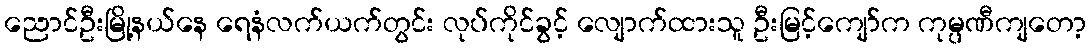
ညောင်ဦးမြို့နယ်နေ ရေနံလက်ယက်တွင်း လုပ်ကိုင်ခွင့် လျောက်ထားသူ ဦးမြင့်ကျော်က ကုမ္ပဏီကျတော့